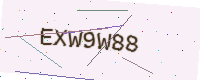
Text: EXW9W88